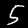
Digit: 5